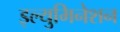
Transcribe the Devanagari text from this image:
इल्युमिनेशन